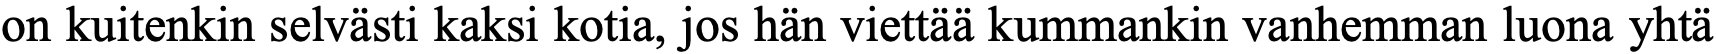
on kuitenkin selvästi kaksi kotia, jos hän viettää kummankin vanhemman luona yhtä